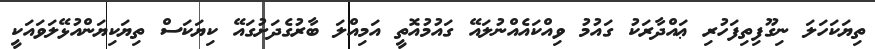
ތިޔަކަހަލަ ނިގޫފިތިފަހުރި ޢައްދާރަކު ގައުމު ވިއްކައެއްނުލައޭ ގައުމުއޮތީ އަމިއްލަ ބާރުގެދަށުގައޭ ކިޔަކަސް ތިޔަކިޔަންއުޅޭލަވައަކީ